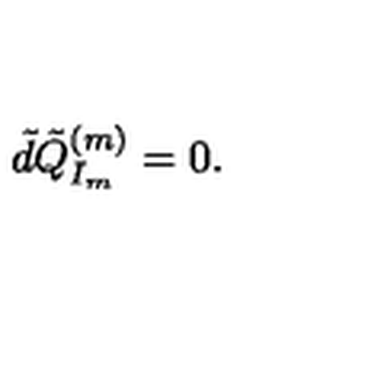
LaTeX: \tilde { d } \tilde { Q } _ { I _ { m } } ^ { ( m ) } = 0 .